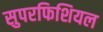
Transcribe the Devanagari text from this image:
सुपरफिशियल